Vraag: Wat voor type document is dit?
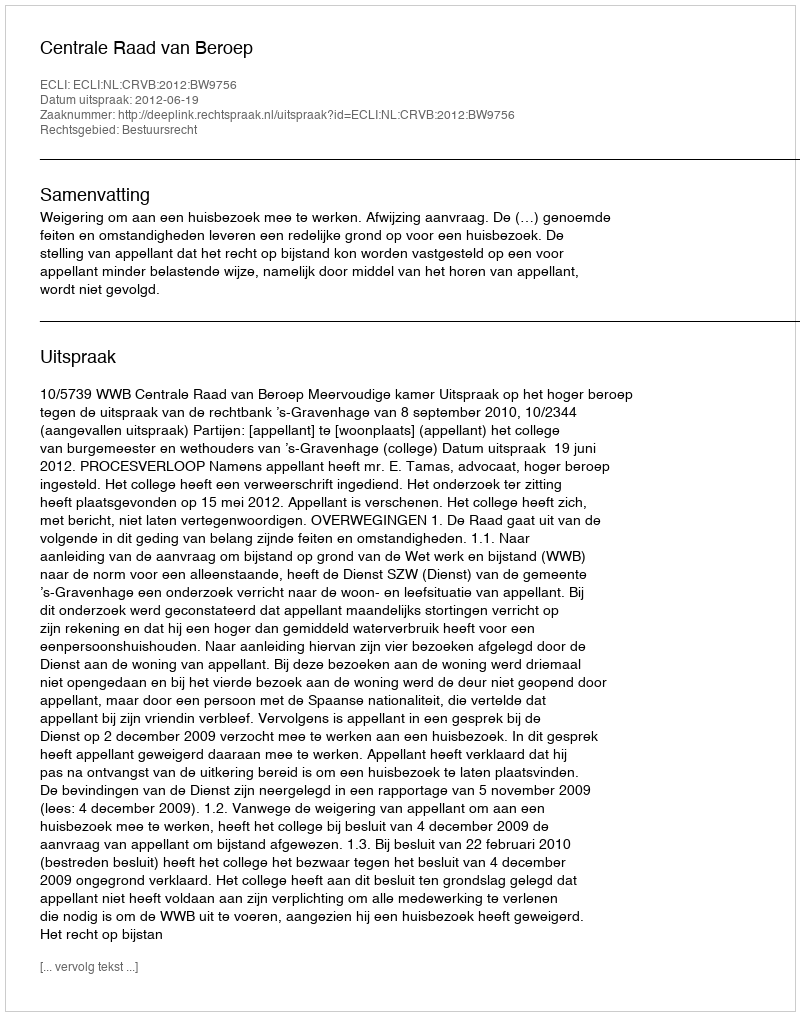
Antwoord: Uitspraak